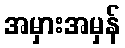
အမှားအမှန်